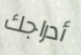
أدراجك